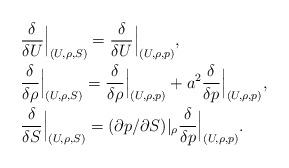
LaTeX: \begin{align*}& \frac{\delta}{\delta U}\Big|_{(U,\rho,S)} = \frac{\delta}{\delta U}\Big|_{(U,\rho,p)},\\& \frac{\delta}{\delta \rho}\Big|_{(U,\rho,S)} = \frac{\delta}{\delta \rho}\Big|_{(U,\rho,p)} +a^2\frac{\delta}{\delta p}\Big|_{(U,\rho,p)}, \\& \frac{\delta}{\delta S}\Big|_{(U,\rho,S)} = (\partial p/\partial S)|_\rho \frac{\delta}{\delta p}\Big|_{(U,\rho,p)} . \end{align*}